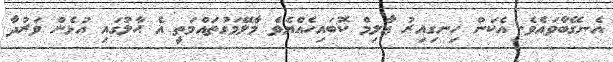
އެނގޭބާވައެވެ. އެކަން ހިނގިއިރު ޢާލިމް ކޮބައިހެއްޔެވެ މާލޭމަގުތައްމަތީ އެ ޙާލުގައި އުޅެން ވަރުދާ